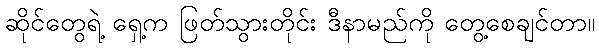
ဆိုင်တွေရဲ့ ရှေ့က ဖြတ်သွားတိုင်း ဒီနာမည်ကို တွေ့စေချင်တာ။